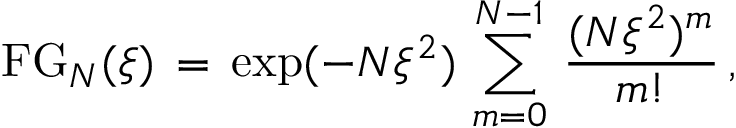
\begin{array} { l } { \displaystyle \mathrm { F G } _ { N } ( \xi ) \, = \, \exp ( - N \xi ^ { 2 } ) \, \sum _ { m = 0 } ^ { N - 1 } \, \frac { ( N \xi ^ { 2 } ) ^ { m } } { m ! } \, , } \end{array}